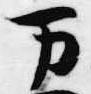
万